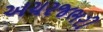
અચરજભરી